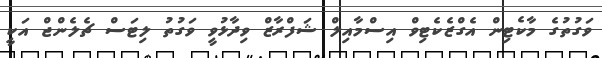
ވަގުތުގެ މާކެޓިން އެގްޒެކެޓިވް އިސްމާއިލް ޝަފްރާޒް ވިދާޅުވީ ވަގުތު ލިޓަސް ޗެލެންޖް އަކީ